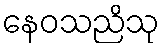
နေဝသညိသု